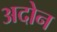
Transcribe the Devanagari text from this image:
अदोन